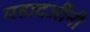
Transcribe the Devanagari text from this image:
महादजींनी